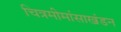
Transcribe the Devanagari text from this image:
चित्रमीमांसाखंडन